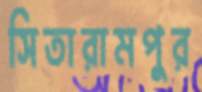
সিতারামপুর